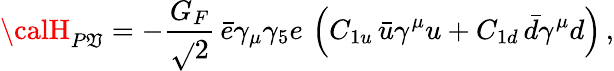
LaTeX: {\calH}_{P\mathfrak{V}}=-\frac{{G_{F}}}{{\sqrt{}{{2}}}}\, \bar{{e}}\gamma_{\mu}\gamma_{5}e\, \left(C_{1u}\, \bar{{u}}\gamma^{\mu}u+C_{1d}\, \bar{{d}}\gamma^{\mu}d\right)\, ,